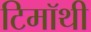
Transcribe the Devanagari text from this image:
टिमॉथी